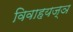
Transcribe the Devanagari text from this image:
विवाहयज्ञ